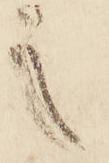
之